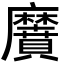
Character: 黂